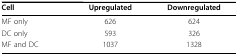
<table><thead><tr><td><b>Cell</b></td><td><b>Upregulated</b></td><td><b>Downregulated</b></td></tr></thead><tbody><tr><td>MF only</td><td>626</td><td>624</td></tr><tr><td>DC only</td><td>593</td><td>326</td></tr><tr><td>MF and DC</td><td>1037</td><td>1328</td></tr></tbody></table>